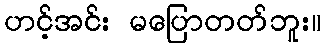
ဟင့်အင်း မပြောတတ်ဘူး။